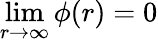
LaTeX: \operatorname*{lim}_{r\to\infty}\phi(r)=0